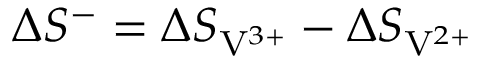
\Delta S ^ { - } = \Delta S _ { \mathrm { V } ^ { 3 + } } - \Delta S _ { \mathrm { V } ^ { 2 + } }